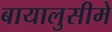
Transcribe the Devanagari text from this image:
बायालुसीमे